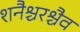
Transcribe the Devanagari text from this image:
शनैश्चरश्चैव